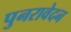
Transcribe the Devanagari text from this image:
पुनरावेदन